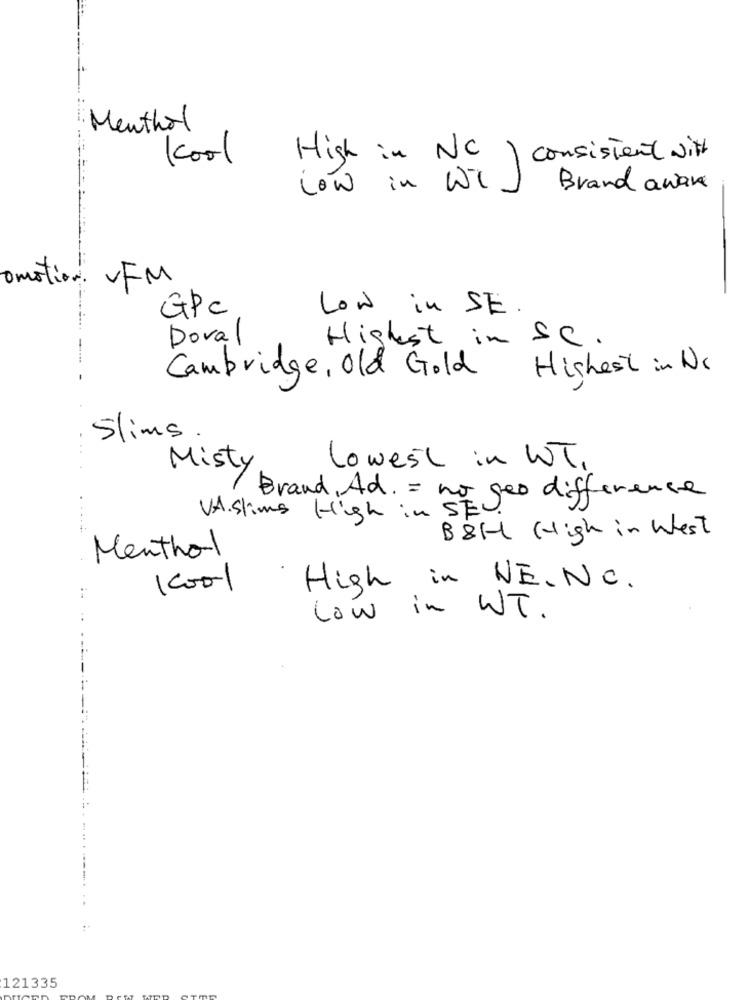
Menthol
Kool
High in NC
consistent with
Low in Wi
Brand aware
omotion. VFM
GPC
Low in SE
Doval
Highest in SC.
Cambridge, Old Gold Highest in Dc
Slims.
Misty
lowest in WOT,
VA.Slims High in BESed difference
Brand , Ad . = no.
B&H High in West
Menthol
100-1
High in NE. NC.
low in WT.
121335